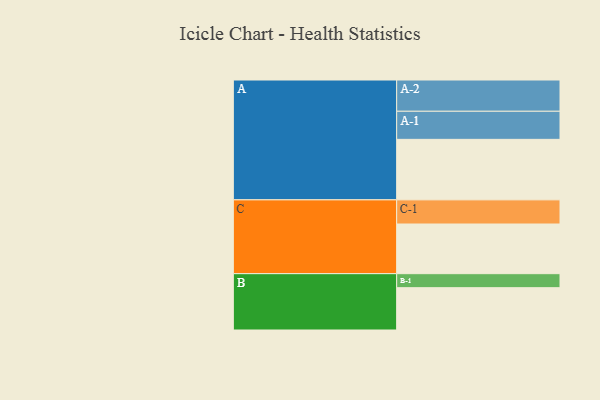
{"axis": {"x": "Segment", "y": "Value"}, "legend": ["", "A", "B", "C"], "data": [{"x": "A", "y": 519, "type": ""}, {"x": "B", "y": 363, "type": ""}, {"x": "C", "y": 426, "type": ""}, {"x": "A-1", "y": 241, "type": "A"}, {"x": "A-2", "y": 268, "type": "A"}, {"x": "B-1", "y": 120, "type": "B"}, {"x": "C-1", "y": 207, "type": "C"}]}